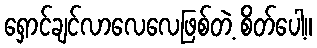
ရှောင်ချင်လာလေလေဖြစ်တဲ့ စိတ်ပေါ့။